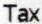
TAX